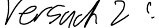
Versuch 2: